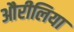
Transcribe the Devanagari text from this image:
औरीलिया